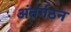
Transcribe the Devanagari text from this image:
अंतर्गठन